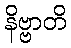
နိဗ္ဗာတိ